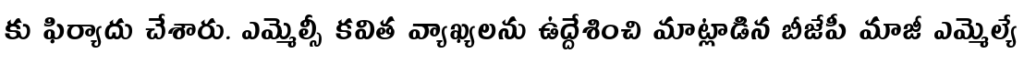
కు ఫిర్యాదు చేశారు. ఎమ్మెల్సీ కవిత వ్యాఖ్యలను ఉద్దేశించి మాట్లాడిన బీజేపీ మాజీ ఎమ్మెల్యే